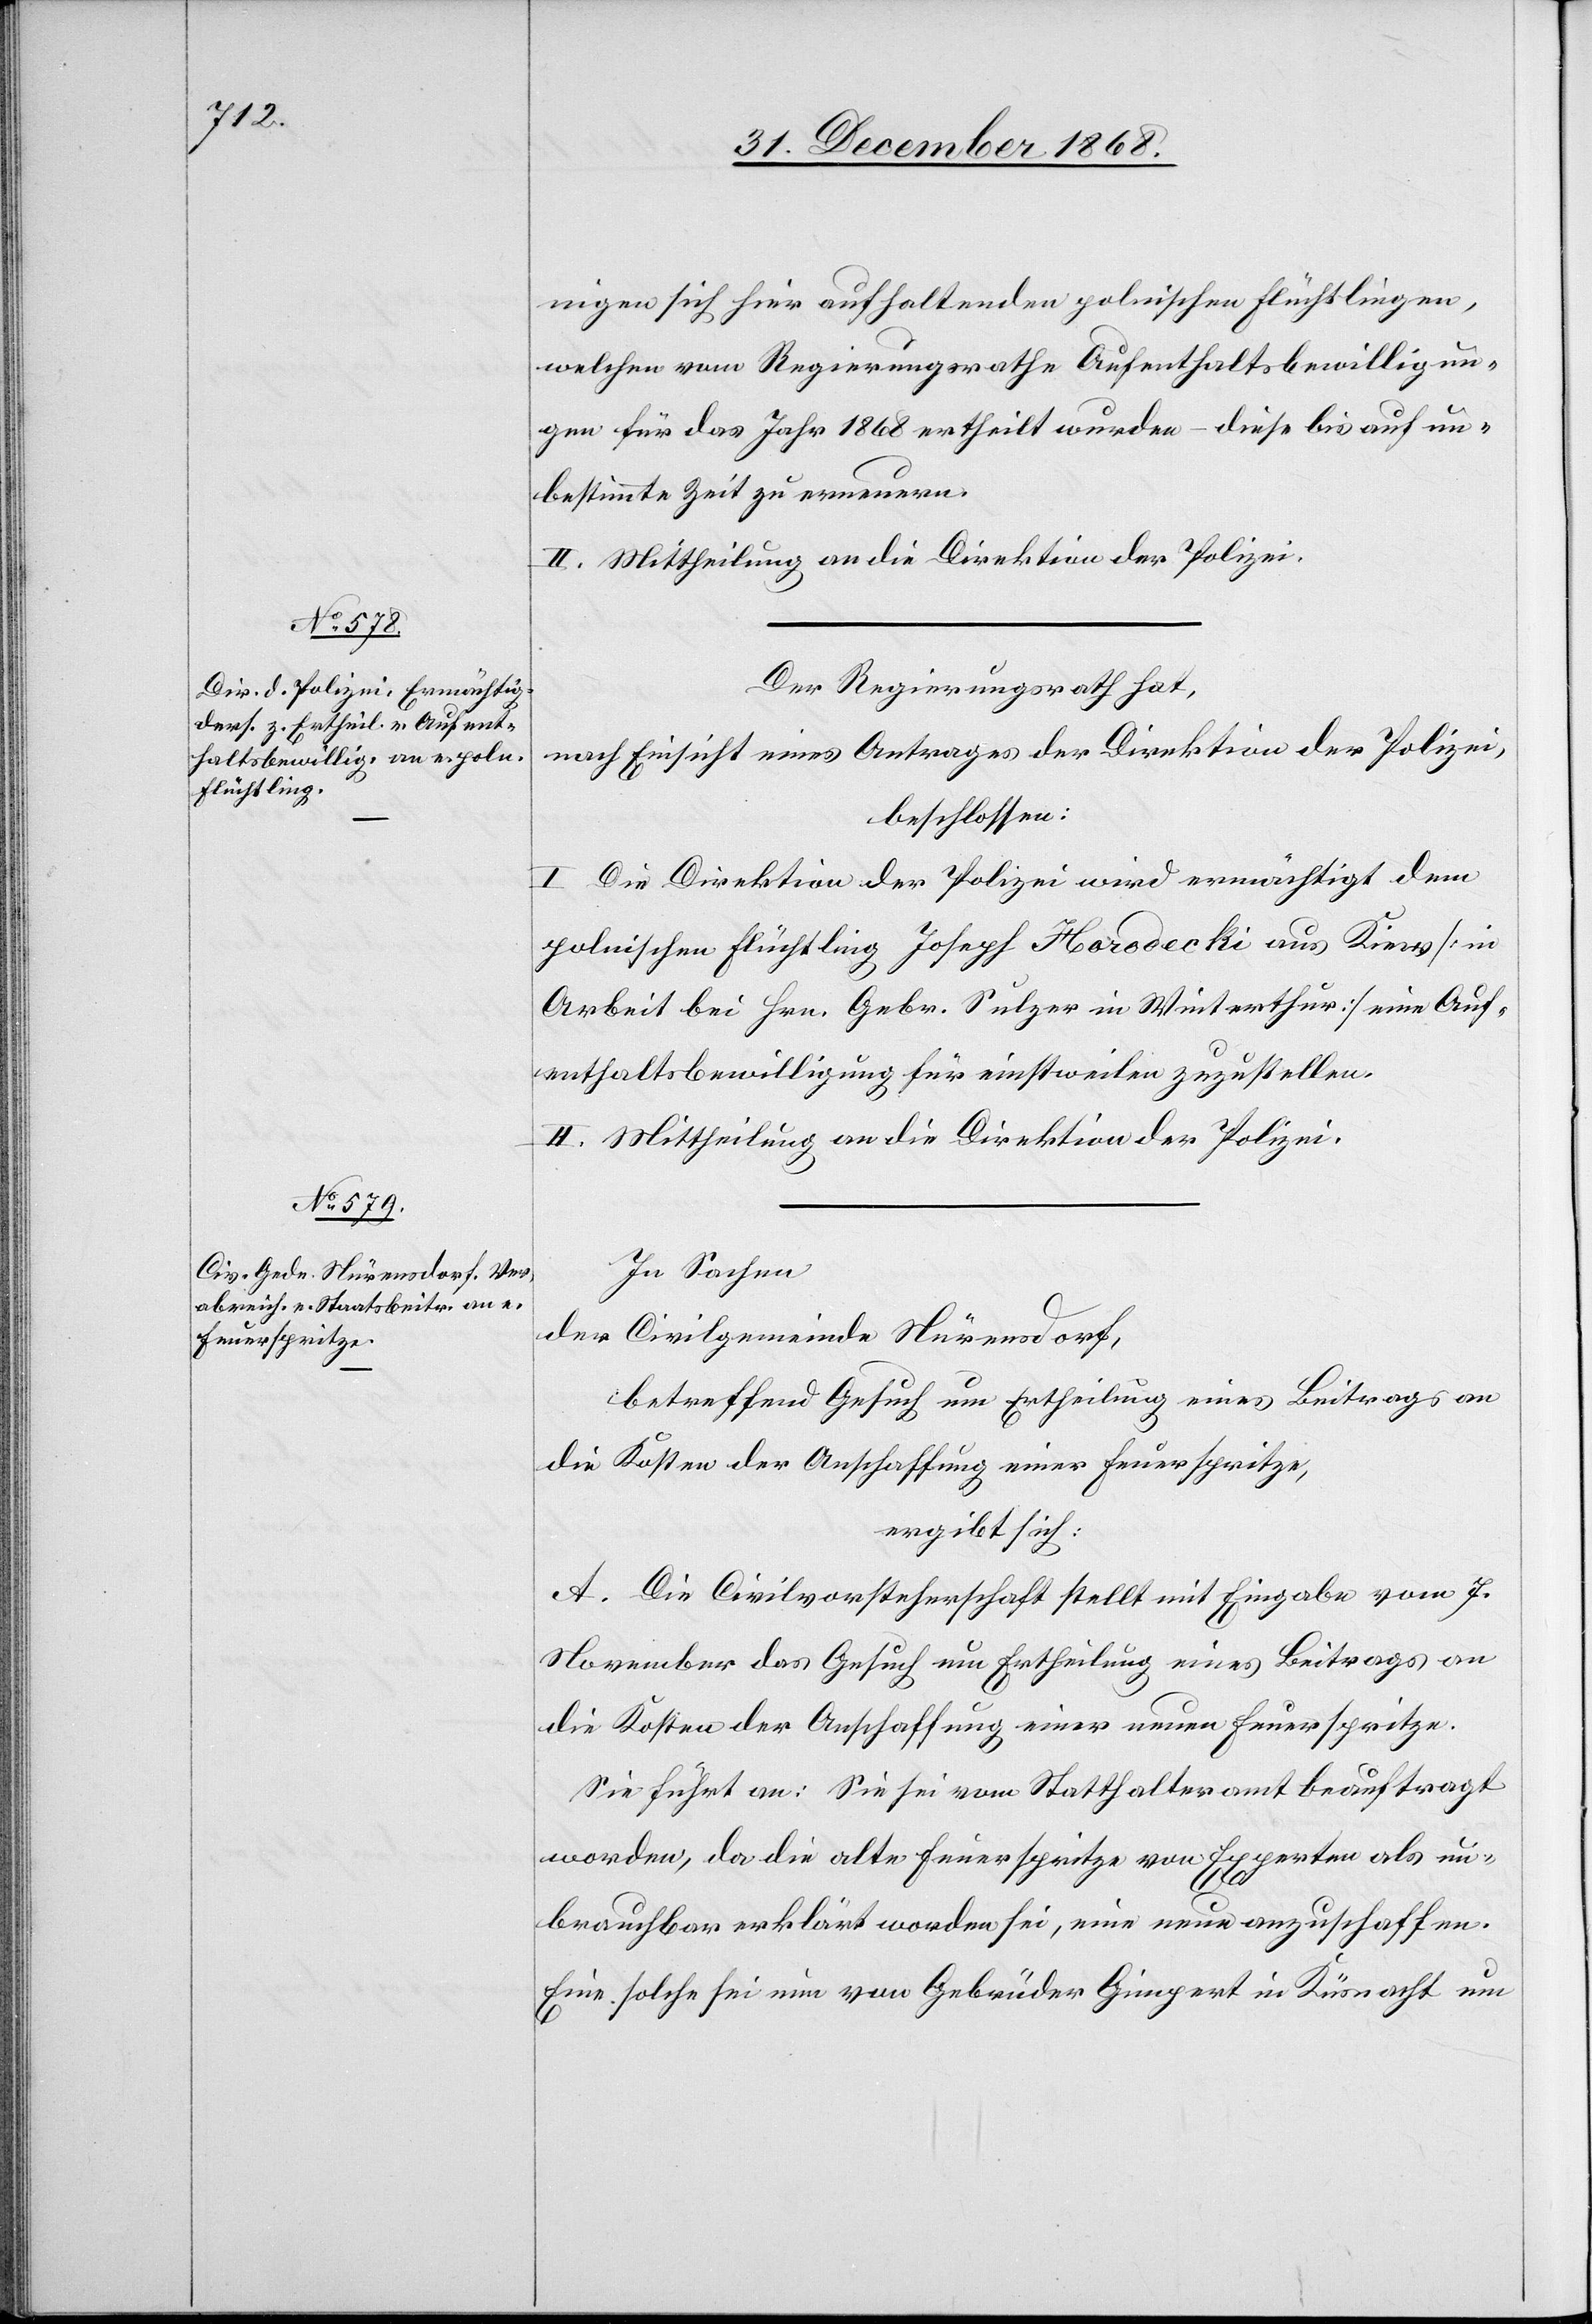
nigen sich hier aufhaltenden polnischen Flüchtlingen,
welchen vom Regierungsrathe Aufenthaltsbewilligun¬
gen für das Jahr 1868 ertheilt wurden – diese bis auf un¬
bestimmte Zeit zu erneuern.
II. Mittheilung an die Direktion der Polizei.
Der Regierungsrath hat,
nach Einsicht eines Antrages der Direktion der Polizei,
beschlossen:
I. Die Direktion der Polizei wird ermächtigt dem
polnischen Flüchtling Joseph Horodecki aus Kiew [in
Arbeit bei Hrn. Gebr. Sulzer in Winterthur] eine Auf¬
enthaltsbewilligung für einstweilen zuzustellen.
II. Mittheilung an die Direktion der Polizei.
In Sachen
der Civilgemeinde Nürensdorf,
betreffend Gesuch um Ertheilung eines Beitrags an
die Kosten der Anschaffung einer Feuerspritze,
ergibt sich:
A. Die Civilvorsteherschaft stellt mit Eingabe vom 7.
November das Gesuch um Ertheilung eines Beitrags an
die Kosten der Anschaffung einer neuen Feuerspritze.
Sie führt an: Sie sei vom Statthalteramt beauftragt
worden, da die alte Feuerspritze von Experten als un¬
brauchbar erklärt worden sei, eine neue anzuschaffen.
Eine solche sei nun von Gebrüder Gimpert in Küsnacht um